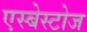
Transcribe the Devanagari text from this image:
एस्बेस्टोज